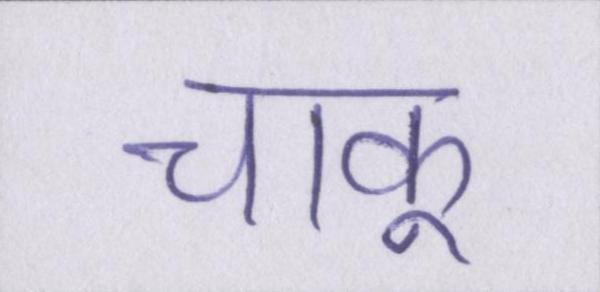
चाकू